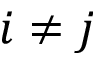
i \ne j